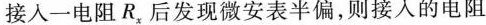
接人一电阻R_{x}后发现微安表半偏，则接入的电阻